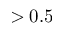
> 0 . 5